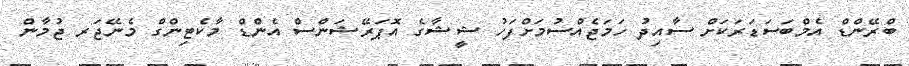
ބްރޭންޑް އެމްބަސަޑަރަކަށް ސާއިދު ހަމަޖެއްސުމަށްފަހު ޝީޝާގެ އޮޕަރޭޝަންސް އެންޑް މާކެޓިންގް މެނޭޖަރ ޖުމާން